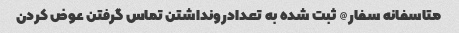
متاسفانه سفار@ ثبت شده به تعدادرونداشتن تماس گرفتن عوض کردن